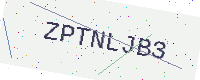
Text: ZPTNLJB3